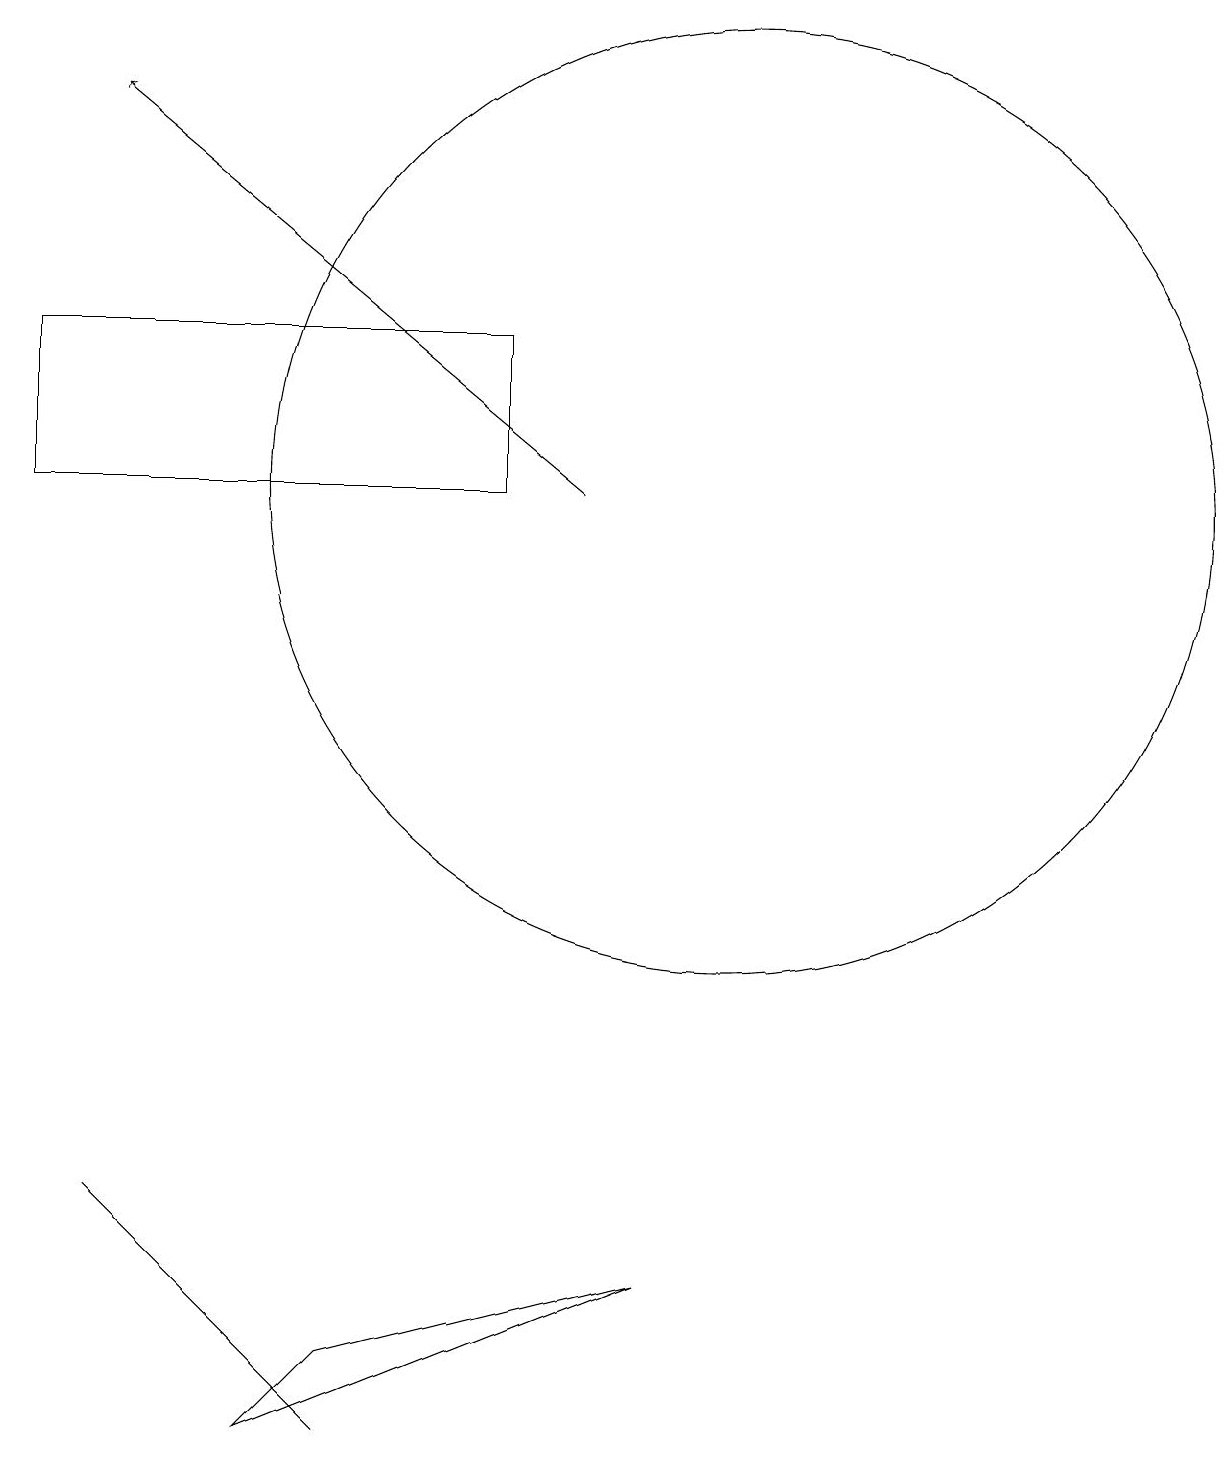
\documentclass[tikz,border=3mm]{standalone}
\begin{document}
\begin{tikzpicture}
\draw[->] (8,12) -- (2,17);
\draw (4,1) -- (5,0) -- (2,3) -- cycle;
\draw (4,0) -- (5,1) -- (9,2) -- cycle;
\draw (10,12) circle (6);
\draw (7,14) rectangle (1,12);
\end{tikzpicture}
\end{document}